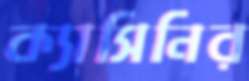
ক্যাসিনির